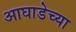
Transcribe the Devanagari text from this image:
आघाडेच्या